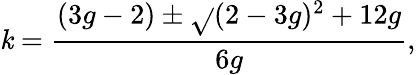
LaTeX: \mathit{k}=\frac{{(3g-2)\pm\sqrt{}{{(2-3g)^{2}+12g}}}}{{6g}},